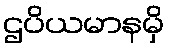
ဌပိယမာနမှိ